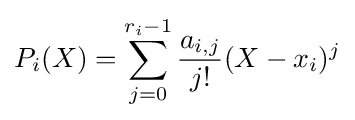
P_{i}(X)=\sum _{j=0}^{r_{i}-1}{\frac {a_{i,j}}{j!}}(X-x_{i})^{j}